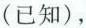
(已知)，